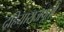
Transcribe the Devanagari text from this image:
दहियाराजपूतों